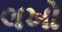
લખો